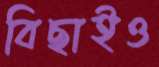
বিছাইও